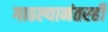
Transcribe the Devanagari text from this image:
गाठल्यानंतरही